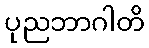
ပုညဘာဂါတိ